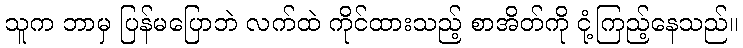
သူက ဘာမှ ပြန်မပြောဘဲ လက်ထဲ ကိုင်ထားသည့် စာအိတ်ကို ငုံ့ကြည့်နေသည်။